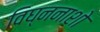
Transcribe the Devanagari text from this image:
विघ्ननाशो